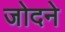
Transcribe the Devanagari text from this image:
जोदने